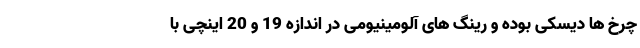
چرخ ها دیسکی بوده و رینگ های آلومینیومی در اندازه 19 و 20 اینچی با